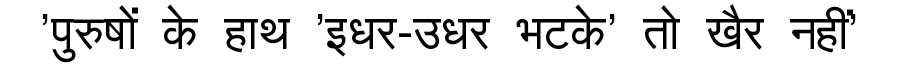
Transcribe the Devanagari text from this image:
'पुरुषों के हाथ 'इधर-उधर भटके' तो खैर नहीं'